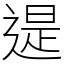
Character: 遈